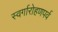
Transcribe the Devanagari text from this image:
स्वर्गारोहणपर्व